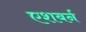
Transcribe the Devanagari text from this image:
एशबर्न